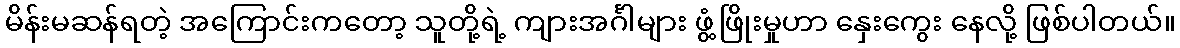
မိန်းမဆန်ရတဲ့ အကြောင်းကတော့ သူတို့ရဲ့ ကျားအင်္ဂါများ ဖွံ့ဖြိုးမှုဟာ နှေးကွေး နေလို့ ဖြစ်ပါတယ်။